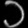
Digit: ၁